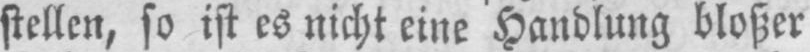
stellen, so ist es nicht eine Handlung bloßer